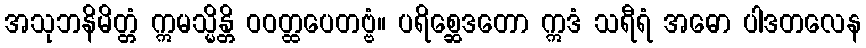
အသုဘနိမိတ္တံ ဣမသ္မိန္တိ ဝဝတ္ထပေတဗ္ဗံ။ ပရိစ္ဆေဒတော ဣဒံ သရီရံ အဓော ပါဒတလေန